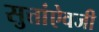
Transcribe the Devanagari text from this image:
सुत्तांऐवजी